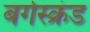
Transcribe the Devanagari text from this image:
बर्गस्क्रंड